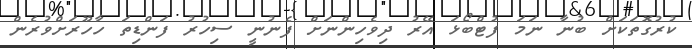
ކުރުގޮތަކަށް ބުނާ ނަމަ ފުޓްބޯޅަ އޭރު ދިވެހިންނަށް ފެނުނީ ސިހުރު ފަންޑިތަ ހާހޫރަށްވުރެން